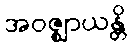
အဝဇ္ဈာယန္တိ